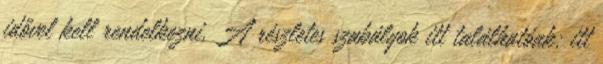
idővel kell rendelkezni. A részletes szabályok itt találhatóak: itt